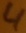
Text: 4